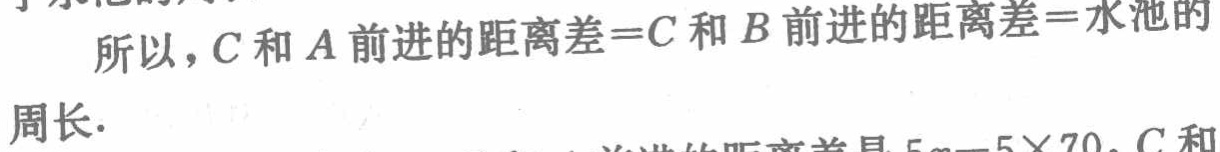
所以，\(C\)和\(A\)前进的距离差=\(C\)和\(B\)前进的距离差=水池的

周长.